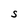
Character: S